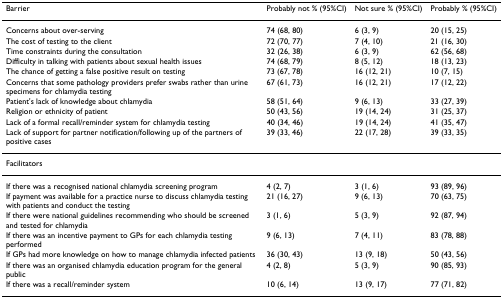
| Barrier | Probably not % (95%CI) | Not sure % (95%CI) | Probably % (95%CI) |
 | --- | --- | --- | --- |
 | Concerns about over-serving | 74 (68, 80) | 6 (3, 9) | 20 (15, 25) |
 | The cost of testing to the client | 72 (70, 77) | 7 (4, 10) | 21 (16, 30) |
 | Time constraints during the consultation | 32 (26, 38) | 6 (3, 9) | 62 (56, 68) |
 | Difficulty in talking with patients about sexual health issues | 74 (68, 79) | 8 (5, 12) | 18 (13, 23) |
 | The chance of getting a false positive result on testing | 73 (67, 78) | 16 (12, 21) | 10 (7, 15) |
 | Concerns that some pathology providers prefer swabs rather than urine specimens for chlamydia testing | 67 (61, 73) | 16 (12, 21) | 17 (12, 22) |
 | Patient's lack of knowledge about chlamydia | 58 (51, 64) | 9 (6, 13) | 33 (27, 39) |
 | Religion or ethnicity of patient | 50 (43, 56) | 19 (14, 24) | 31 (25, 37) |
 | Lack of a formal recall/reminder system for chlamydia testing | 40 (34, 46) | 19 (14, 24) | 41 (35, 47) |
 | Lack of support for partner notification/following up of the partners of positive cases | 39 (33, 46) | 22 (17, 28) | 39 (33, 35) |
 | Facilitators |  |  |  |
 | If there was a recognised national chlamydia screening program | 4 (2, 7) | 3 (1, 6) | 93 (89, 96) |
 | If payment was available for a practice nurse to discuss chlamydia testing with patients and conduct the testing | 21 (16, 27) | 9 (6, 13) | 70 (63, 75) |
 | If there were national guidelines recommending who should be screened and tested for chlamydia | 3 (1, 6) | 5 (3, 9) | 92 (87, 94) |
 | If there was an incentive payment to GPs for each chlamydia testing performed | 9 (6, 13) | 7 (4, 11) | 83 (78, 88) |
 | If GPs had more knowledge on how to manage chlamydia infected patients | 36 (30, 43) | 13 (9, 18) | 50 (43, 56) |
 | If there was an organised chlamydia education program for the general public | 4 (2, 8) | 5 (3, 9) | 90 (85, 93) |
 | If there was a recall/reminder system | 10 (6, 14) | 13 (9, 17) | 77 (71, 82) |